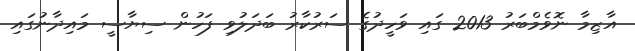
އާޒިމާ ނޮވެމްބަރު 2013 ގައި ވަހީދުގެ ސަރުކާރު ބަދަލުވި ފަހުން ސިޔާސީ މައިދާނުގައި